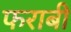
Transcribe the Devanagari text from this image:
फराबी